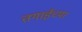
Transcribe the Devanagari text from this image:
तगाईच्या